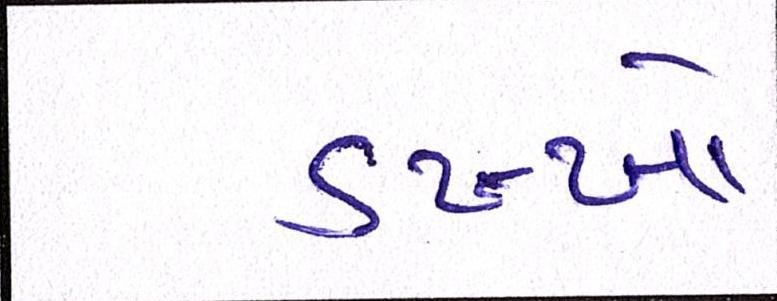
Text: ડખ્ખો